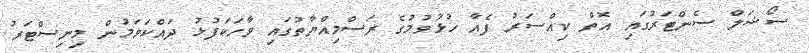
ސޯޝަލް ސެންޓަރުގައި އޮތް ކިއްސަރު ފެއާ ހުޅުވުމުގެ ރަސްމިއްޔާތުގައި ވާހަކަފުޅު ދައްކަވަމުން މިނިސްޓަރު